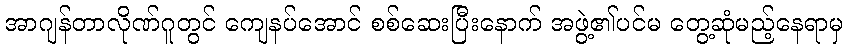
အာဂျန်တာလိုဏ်ဂူတွင် ကျေနပ်အောင် စစ်ဆေးပြီးနောက် အဖွဲ့၏ပင်မ တွေ့ဆုံမည့်နေရာမှ